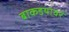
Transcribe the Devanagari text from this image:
बाकडयावर